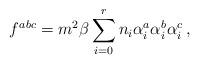
LaTeX: \begin{align*}f^{abc}=m^{2}\beta\sum_{i=0}^{r}n_{i}\alpha_{i}^{a}\alpha_{i}^{b}\alpha_{i}^{c}\,,\end{align*}